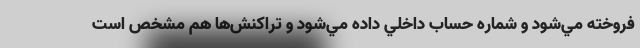
فروخته مي‌شود و شماره حساب داخلي داده مي‌شود و تراكنش‌ها هم مشخص است